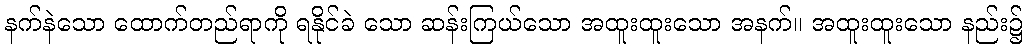
နက်နဲသော ထောက်တည်ရာကို ရနိုင်ခဲ သော ဆန်းကြယ်သော အထူးထူးသော အနက်။ အထူးထူးသော နည်း၌